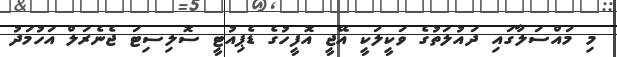
މި މައްސަލާގައި ދައުލަތުގެ ވަކީލަކީ އޭޖީ އޮފީހުގެ ޑެޕިއުޓީ ސޮލިސިޓަ ޖެނެރަލް އަހުމަދު